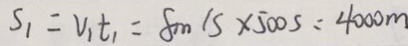
S _ { 1 } = V _ { 1 } t _ { 1 } = 8 m / s \times 5 0 0 s = 4 0 0 0 m